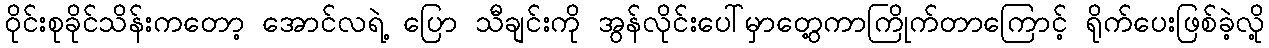
ဝိုင်းစုခိုင်သိန်းကတော့ အောင်လရဲ့ ပြော သီချင်းကို အွန်လိုင်းပေါ်မှာတွေ့ကာကြိုက်တာကြောင့် ရိုက်ပေးဖြစ်ခဲ့လို့